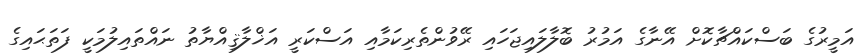
އަމީރުގެ ބަސްކައްޗާކޮށް އޭނާގެ އަމުރު ބޮލާލައިޖަހައި ރޭވުންތެރިކަމާއި އަސްކަރީ އަޚްލާޤިއްޔާތު ނައްތައިލުމަކީ ފަތަޙައިގެ